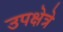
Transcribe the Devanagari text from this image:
उपक्षेत्रे